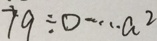
7 9 \div 0 \cdots a ^ { 2 }